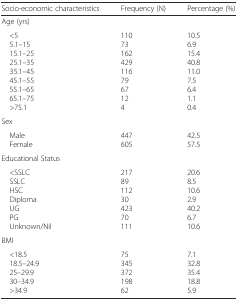
<table><thead><tr><td><b>Socio-economic characteristics</b></td><td><b>Frequency (N)</b></td><td><b>Percentage (%)</b></td></tr></thead><tbody><tr><td colspan="3">Age (yrs)</td></tr><tr><td> &lt;5 5.1–15 15.1–25 25.1–35 35.1–45 45.1–55 55.1–65 65.1–75 &gt;75.1</td><td>110731624291167967124</td><td>10.56.915.440.811.07.56.41.10.4</td></tr><tr><td colspan="3">Sex</td></tr><tr><td> Male Female</td><td>447605</td><td>42.557.5</td></tr><tr><td colspan="3">Educational Status</td></tr><tr><td> &lt;SSLC SSLC HSC Diploma UG PG Unknown/Nil</td><td>217891123042370111</td><td>20.68.510.62.940.26.710.6</td></tr><tr><td colspan="3">BMI</td></tr><tr><td> &lt;18.5 18.5–24.9 25–29.9 30–34.9 &gt;34.9</td><td>7534537219862</td><td>7.132.835.418.85.9</td></tr></tbody></table>